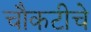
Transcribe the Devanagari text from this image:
चौकटीचे